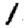
Digit: 1